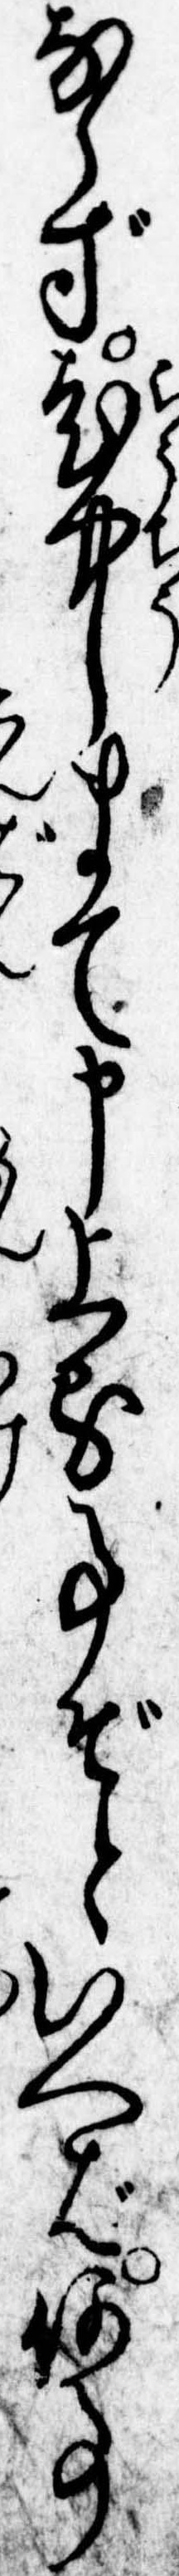
ならず老中まて申上る事ぞといへば何事